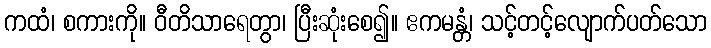
ကထံ၊ စကားကို။ ဝီတိသာရေတွာ၊ ပြီးဆုံးစေ၍။ ဧကမန္တံ၊ သင့်တင့်လျောက်ပတ်သော